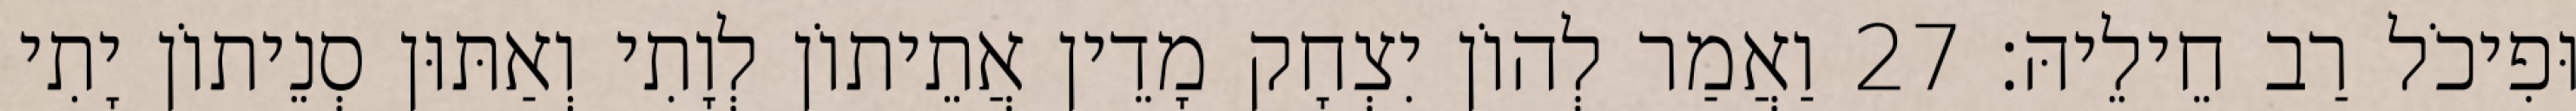
וּפִיכֹל רַב חֵילֵיהּ׃ 27 וַאֲמַר לְהוֹן יִצְחָק מָדֵין אֲתֵיתוֹן לְוָתִי וְאַתּוּן סְנֵיתוֹן יָתִי